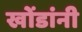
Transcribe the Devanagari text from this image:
खोंडांनी